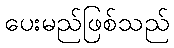
ပေးမည်ဖြစ်သည်